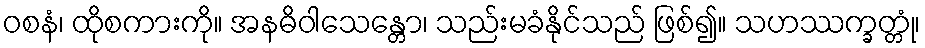
ဝစနံ၊ ထိုစကားကို။ အနဓိဝါသေန္တော၊ သည်းမခံနိုင်သည် ဖြစ်၍။ သဟဿက္ခတ္တုံ၊